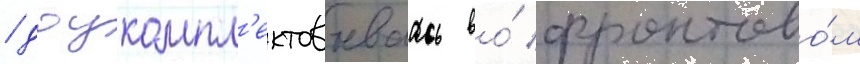
/ доукомпл'ектовываась во́ фронтово́м